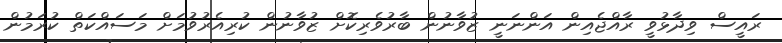
ރައީސް ވިދާޅުވީ ރާއްޖެއިން އަންނަނީ ޒުވާނުން ބާރުވެރިކޮށް ޒުވާނުން ކުރިއެރުވުމަށް މަސައްކަތް ކުރަމުން